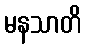
မနသာတိ